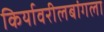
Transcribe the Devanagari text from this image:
किर्यावरीलबांगला